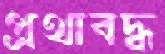
প্রথাবদ্ধ